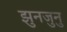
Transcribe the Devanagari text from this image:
झुनजुनु